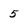
Character: 5